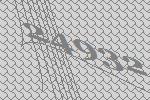
24932